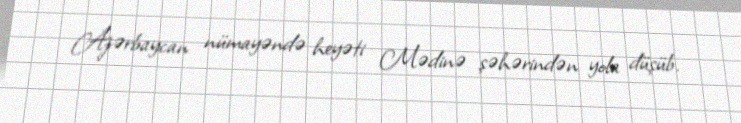
Azərbaycan nümayəndə heyəti Mədinə şəhərindən yola düşüb.